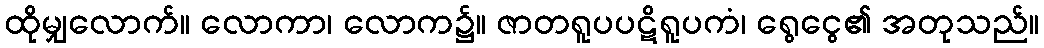
ထိုမျှလောက်။ လောကာ၊ လောက၌။ ဇာတရူပပဋိရူပကံ၊ ရွေငွေ၏ အတုသည်။